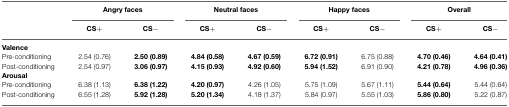
<table><thead><tr><td></td><td colspan="2"><b>Angry faces</b></td><td colspan="2"><b>Neutral faces</b></td><td colspan="2"><b>Happy faces</b></td><td colspan="2"><b>Overall</b></td></tr><tr><td></td><td><b>CS+</b></td><td><b>CS−</b></td><td><b>CS+</b></td><td><b>CS−</b></td><td><b>CS+</b></td><td><b>CS−</b></td><td><b>CS+</b></td><td><b>CS−</b></td></tr></thead><tbody><tr><td><b>Valence</b></td></tr><tr><td>Pre-conditioning</td><td>2.54 (0.76)</td><td><b>2.50 (0.89)</b></td><td><b>4.84 (0.58)</b></td><td><b>4.67 (0.59)</b></td><td><b>6.72 (0.91)</b></td><td>6.75 (0.88)</td><td><b>4.70 (0.46)</b></td><td><b>4.64 (0.41)</b></td></tr><tr><td>Post-conditioning</td><td>2.54 (0.97)</td><td><b>3.06 (0.97)</b></td><td><b>4.15 (0.93)</b></td><td><b>4.92 (0.60)</b></td><td><b>5.94 (1.52)</b></td><td>6.91 (0.90)</td><td><b>4.21 (0.78)</b></td><td><b>4.96 (0.36)</b></td></tr><tr><td><b>Arousal</b></td></tr><tr><td>Pre-conditioning</td><td>6.38 (1.13)</td><td><b>6.38 (1.22)</b></td><td><b>4.20 (0.97)</b></td><td>4.26 (1.05)</td><td>5.75 (1.09)</td><td>5.67 (1.11)</td><td><b>5.44 (0.64)</b></td><td>5.44 (0.64)</td></tr><tr><td>Post-conditioning</td><td>6.55 (1.28)</td><td><b>5.92 (1.28)</b></td><td><b>5.20 (1.34)</b></td><td>4.18 (1.37)</td><td>5.84 (0.97)</td><td>5.55 (1.03)</td><td><b>5.86 (0.80)</b></td><td>5.22 (0.87)</td></tr></tbody></table>